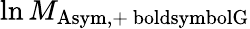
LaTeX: \ln M_{\mathrm{Asym,+\ boldsymbol{G}}}